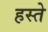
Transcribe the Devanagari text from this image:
हस्‍ते